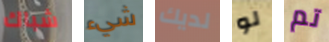
شباك شيء لديك لو تم